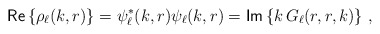
\begin{align*}\mathsf{Re} \left\{\rho_\ell(k,r)\right\} = \psi_\ell^*(k,r)\psi_\ell(k,r) = \mathsf{Im} \left\{k\,G_\ell(r,r,k)\right\} \, ,\end{align*}